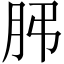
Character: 𦙨